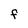
Character: F